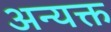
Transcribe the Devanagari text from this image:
अन्यक्त